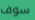
سوف